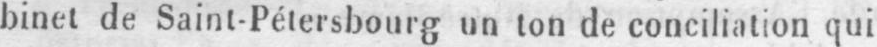
binet de Saint-Pétersbourg un ton de conciliation qui